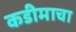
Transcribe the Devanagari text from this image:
कडीमाचा